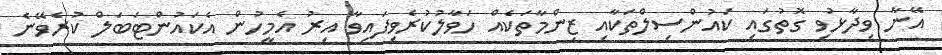
އޭނާ ވިދާޅުވި ގޮތުގައި ކައުންސިލްތަކާއި ޒިންމާތަކެއް ހަވާލުކުރެވިފައިވާ އިރު އެމީހުން އެކައުންޓަބަލް ކުރެވޭނެ